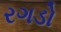
રગડો